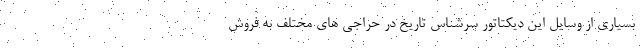
بسیاری از وسایل این دیکتاتور سرشناس تاریخ در حراجی های مختلف به فروش